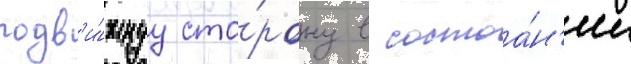
подв'и́жнуу сто́рону в состоа́н'ии